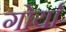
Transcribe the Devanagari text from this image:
गोर्यां